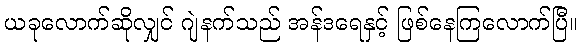
ယခုလောက်ဆိုလျှင် ဂျဲနက်သည် အန်ဒရေနှင့် ဖြစ်နေကြလောက်ပြီ။